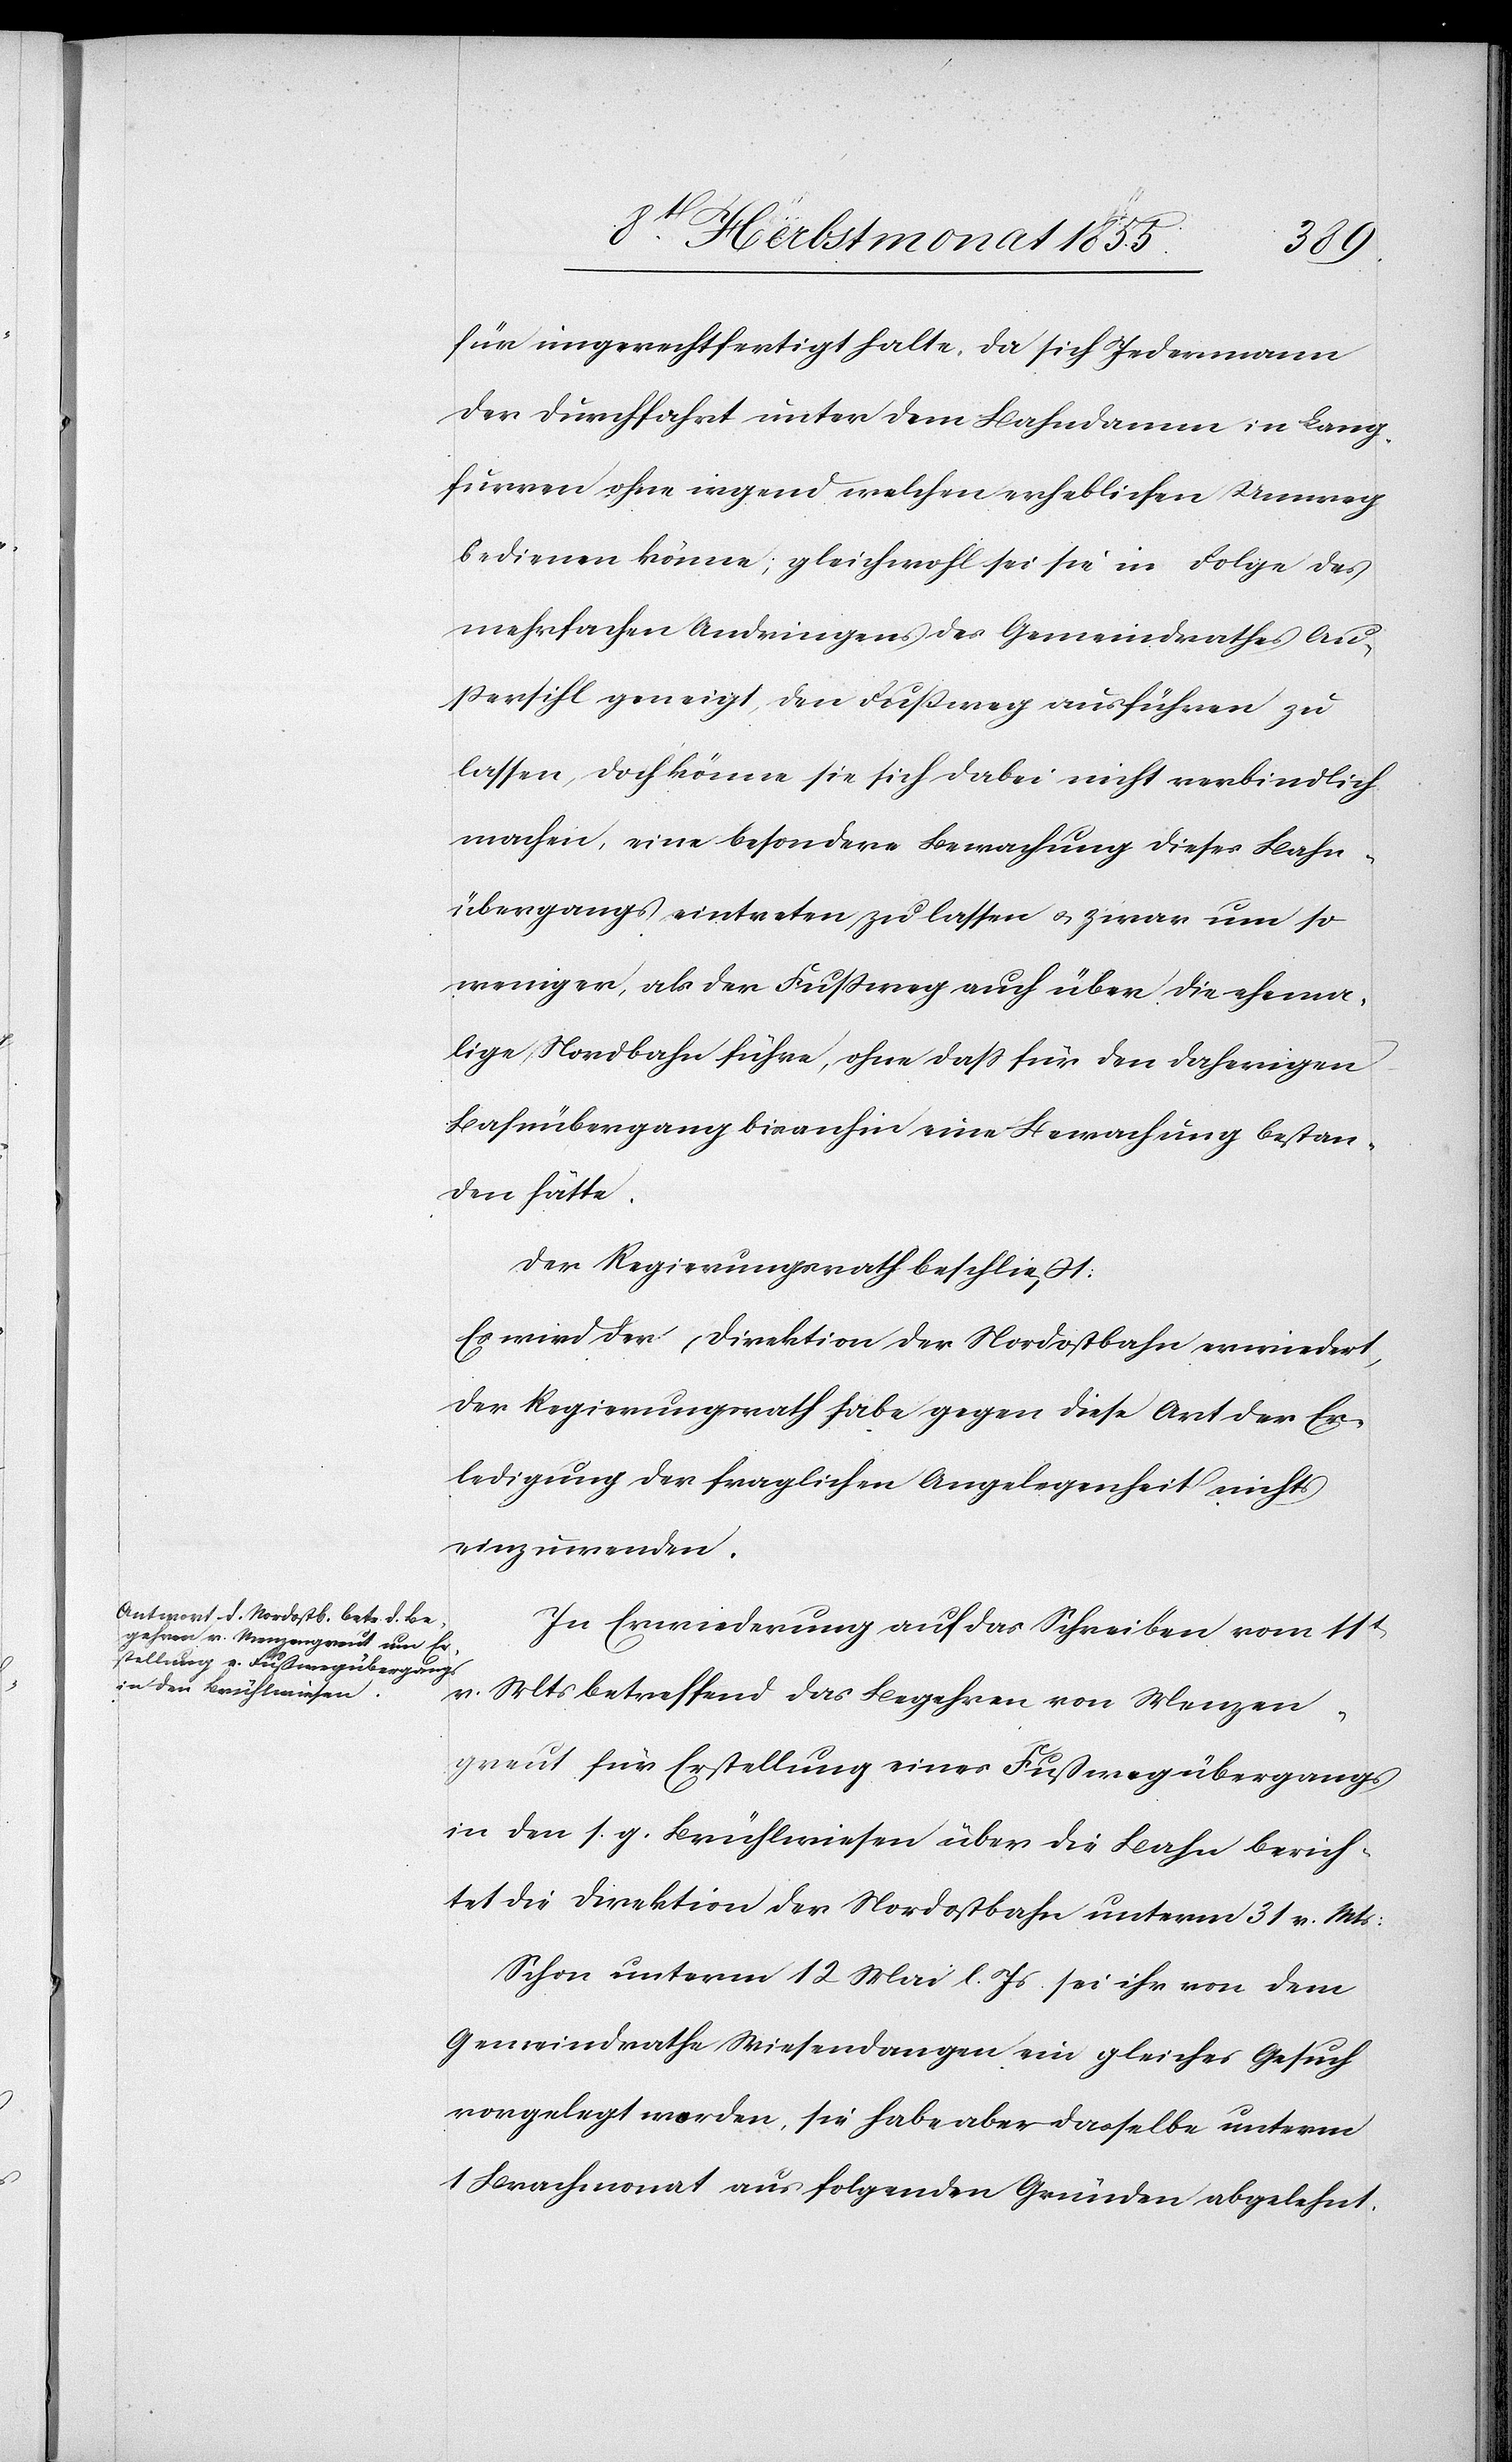
für ungerechtfertigt halte, da sich Jedermann
der Durchfahrt unter dem Bahndamm in Lang¬
furren ohne irgend welchen erheblichen Umweg
bedienen könne, gleichwohl sei sie in Folge des
mehrfachen Andringens des Gemeindrathes Au¬
ßersihl geneigt, den Fußweg ausführen zu
lassen, doch könne sie sich dabei nicht verbindlich
machen, eine besondere Bewachung dieses Bahn¬
übergangs eintreten zu lassen & zwar um so
weniger, als der Fußweg auch über die ehema¬
lige Nordbahn führe, ohne dass für den daherigen
Bahnübergang bisanhin eine Bewachung bestan¬
den hätte.
Der Regierungsrath beschließt:
Es wird der Direktion der Nordostbahn erwiedert,
der Regierungsrath habe gegen diese Art der Er¬
ledigung der fraglichen Angelegenheit nichts
einzuwenden.
In Erwiederung auf das Schreiben vom 11t
v. Mts betreffend das Begehren von Menzen¬
greut für Erstellung eines Fußwegübergangs
in den s. g. Brühlwiesen über die Bahn berich¬
tet die Direktion der Nordostbahn unterm 31 v. Mts:
Schon unterm 12 Mai l. Js. sei ihr von dem
Gemeindrathe Wiesendangen ein gleiches Gesuch
vorgelegt worden, sie habe aber dasselbe unterm
1 Brachmonat aus folgenden Gründen abgelehnt.